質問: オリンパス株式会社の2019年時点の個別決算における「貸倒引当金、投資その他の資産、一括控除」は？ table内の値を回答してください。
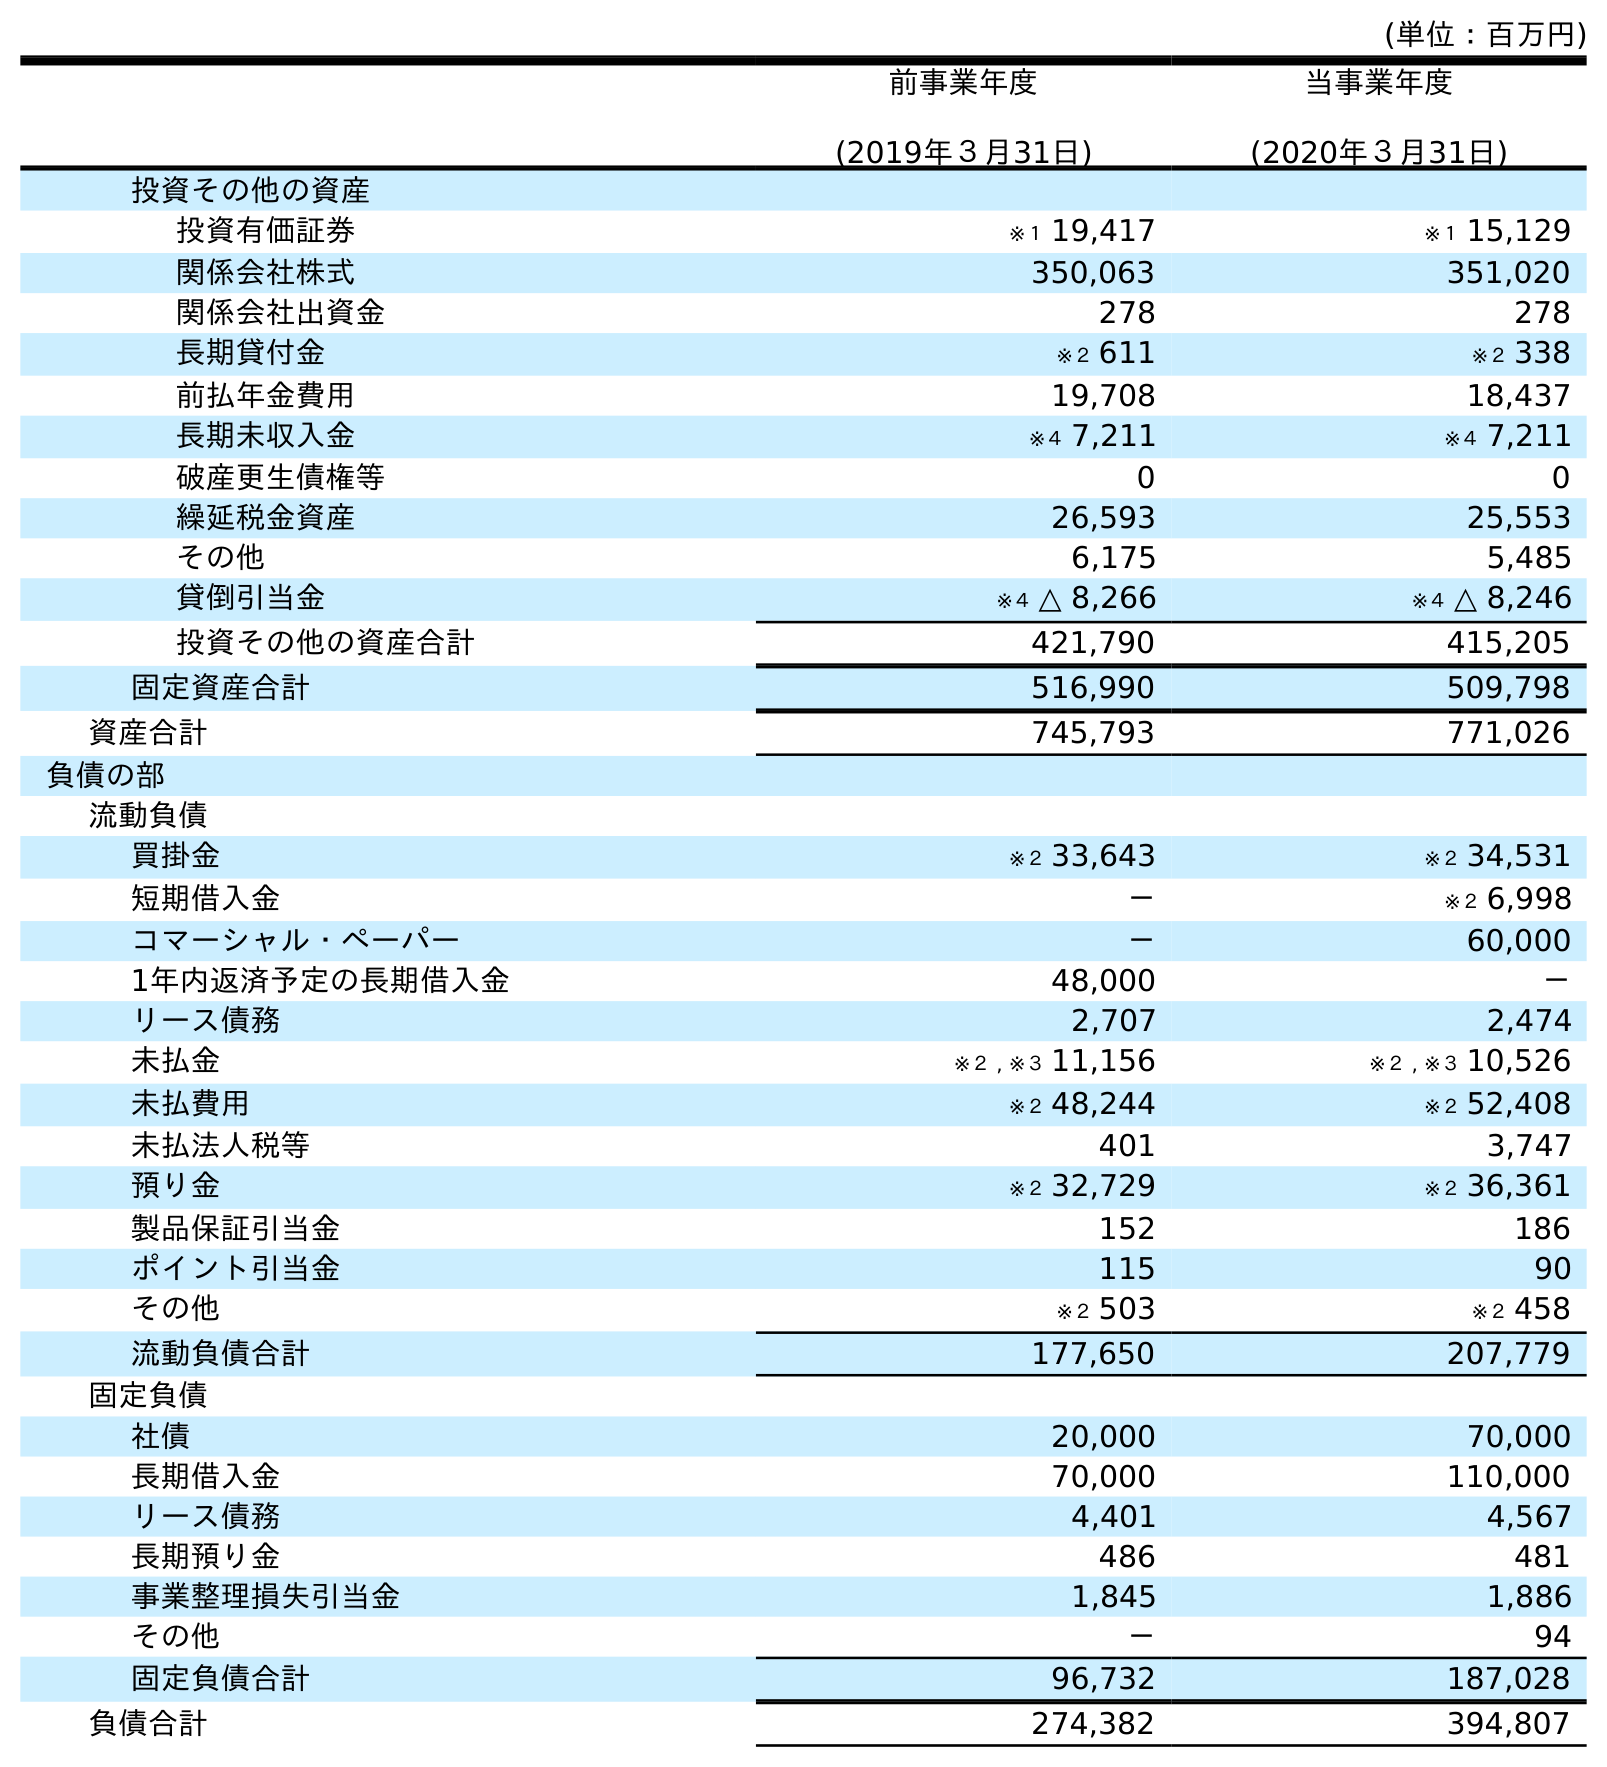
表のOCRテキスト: (単位：百万円) 前事業年度 (2019年３月31日) 当事業年度 (2020年３月31日) 投資その他の資産 投資有価証券 ※１ 19,417 ※１ 15,129 関係会社株式 350,063 351,020 関係会社出資金 278 278 長期貸付金 ※２ 611 ※２ 338 前払年金費用 19,708 18,437 長期未収入金 ※４ 7,211 ※４ 7,211 破産更生債権等 0 0 繰延税金資産 26,593 25,553 その他 6,175 5,485 貸倒引当金 ※４ △ 8,266 ※４ △ 8,246 投資その他の資産合計 421,790 415,205 固定資産合計 516,990 509,798 資産合計 745,793 771,026 負債の部 流動負債 買掛金 ※２ 33,643 ※２ 34,531 短期借入金 － ※２ 6,998 コマーシャル・ペーパー － 60,000 1年内返済予定の長期借入金 48,000 － リース債務 2,707 2,474 未払金 ※２ , ※３ 11,156 ※２ , ※３ 10,526 未払費用 ※２ 48,244 ※２ 52,408 未払法人税等 401 3,747 預り金 ※２ 32,729 ※２ 36,361 製品保証引当金 152 186 ポイント引当金 115 90 その他 ※２ 503 ※２ 458 流動負債合計 177,650 207,779 固定負債 社債 20,000 70,000 長期借入金 70,000 110,000 リース債務 4,401 4,567 長期預り金 486 481 事業整理損失引当金 1,845 1,886 その他 － 94 固定負債合計 96,732 187,028 負債合計 274,382 394,807
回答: ※４△8,266